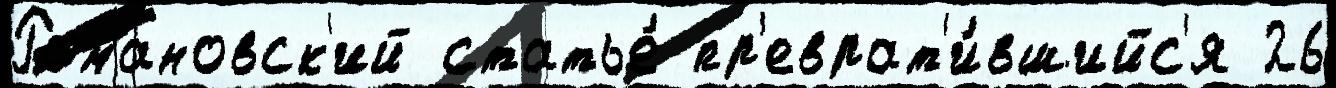
Романовск'ий статье́ пр'еврат'и́вшийс'я 26